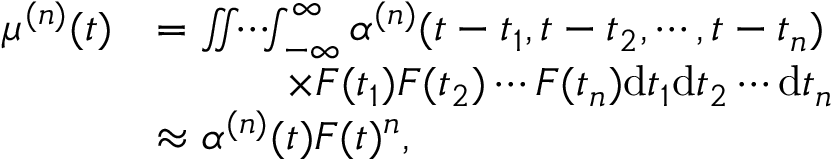
\begin{array} { r l } { \mu ^ { ( n ) } ( t ) } & { = \iint \! \! \cdots \! \! \int _ { - \infty } ^ { \infty } \alpha ^ { ( n ) } ( t - t _ { 1 } , t - t _ { 2 } , \cdots , t - t _ { n } ) } \\ & { \qquad \quad \times F ( t _ { 1 } ) F ( t _ { 2 } ) \cdots F ( t _ { n } ) \mathrm { d } t _ { 1 } \mathrm { d } t _ { 2 } \cdots \mathrm { d } t _ { n } } \\ & { \approx \alpha ^ { ( n ) } ( t ) F ( t ) ^ { n } , } \end{array}